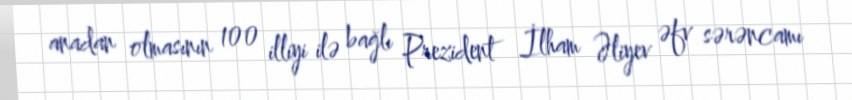
anadan olmasının 100 illiyi ilə bağlı Prezident İlham Əliyev əfv sərəncamı